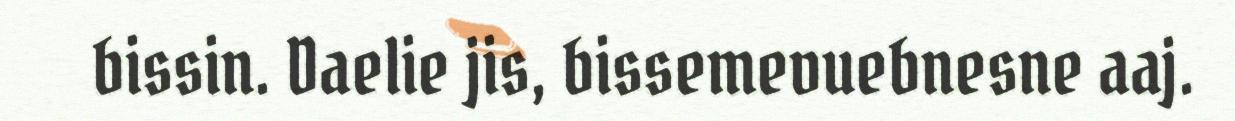
bissin. Daelie jis, bissemevuebnesne aaj.